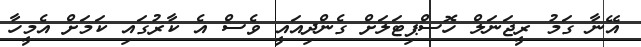
އޭނާ ގަމު ރީޖަނަލް ހޮސްޕިޓަލަށް ގެންދިއައީ ވެސް އެ ކާރުގައި ކަމަށް އެމީހާ